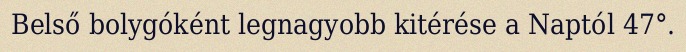
Belső bolygóként legnagyobb kitérése a Naptól 47°.